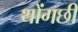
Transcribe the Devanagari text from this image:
थोंगछी